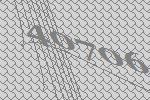
40706